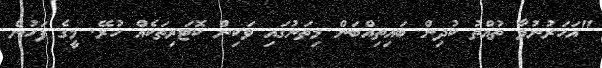
"އަހަރުނުވާ ތުއްތު ކުދިން ބައިތިއްބަން މިތަނުގައި ވަކިން ކޮޓަރިތަކެއްް ހުރޭ. މީގެ ފަހުން